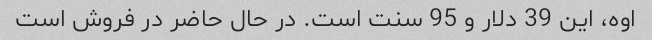
اوه، این 39 دلار و 95 سنت است. در حال حاضر در فروش است